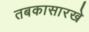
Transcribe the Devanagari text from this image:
तबकासारखे